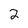
Character: 2